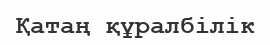
Қатаң құралбілік